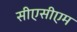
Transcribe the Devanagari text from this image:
सीएसीएम